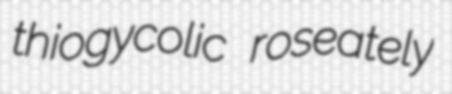
thiogycolic roseately